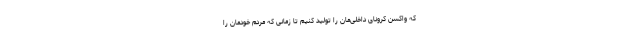
که واکسن کرونای داخلی‌مان را تولید کنیم تا زمانی که مردم خودمان را